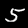
Label: 5